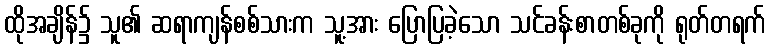
ထိုအချိန်၌ သူ၏ ဆရာကျန်စစ်သားက သူ့အား ပြောပြခဲ့သော သင်ခန်းစာတစ်ခုကို ရုတ်တရက်